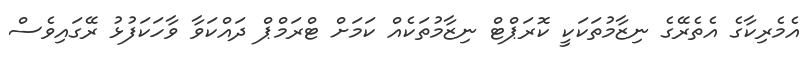
އެމެރިކާގެ އެތެރޭގެ ނިޒާމުތަކަކީ ކޮރަޕްޓް ނިޒާމުތަކެއް ކަމަށް ޓްރަމްޕް ދައްކަވާ ވާހަކަފުޅު ރޭގައިވެސް